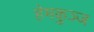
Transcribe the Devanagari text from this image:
हेमकुञ्ज